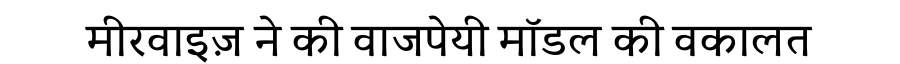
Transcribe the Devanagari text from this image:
मीरवाइज़ ने की वाजपेयी मॉडल की वकालत